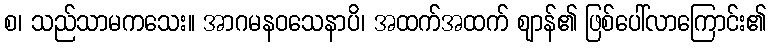
စ၊ သည်သာမကသေး။ အာဂမနဝသေနာပိ၊ အထက်အထက် ဈာန်၏ ဖြစ်ပေါ်လာကြောင်း၏